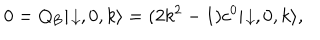
0 = Q _ { \mathrm { B } } | \! \downarrow , 0 , k \rangle = ( 2 k ^ { 2 } - 1 ) c ^ { 0 } | \! \downarrow , 0 , k \rangle ,